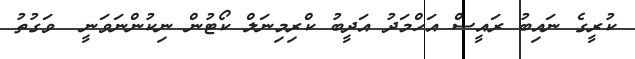
ކުރީގެ ނައިބު ރައީސް އަހްމަދު އަދީބު ކްރިމިނަލް ކޯޓުން ނިކުންނަވަނީ  ވަގުތު